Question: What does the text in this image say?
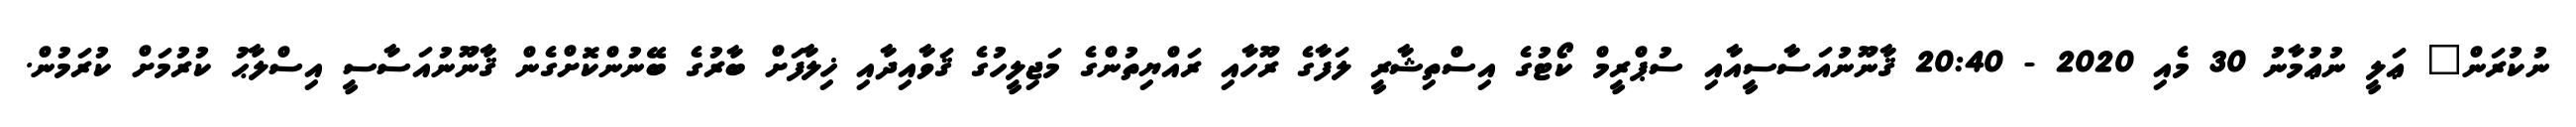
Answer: ނުކުރަން" ޢަލީ ނުޢުމާނު 30 މެއި 2020 - 20:40 ޤާނޫނުއަސާސީއާއި ސުޕްރީމް ކޯޓުގެ އިސްތިޝާރީ ލަފާގެ ރޫހާއި ރައްޔިތުންގެ މަޖިލީހުގެ ޤަވާއިދާއި ޚިލާފަށް ބާރުގެ ބޭނުންކޮށްގެން ޤާނޫނުއަސާސީ އިސްލާޙު ކުރުމަށް ކުރަމުން.